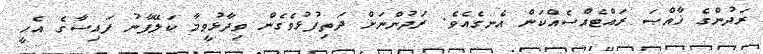
ރަދުންގެ ޚާއްޞަ ރައްޓެއްސެއްކަން އެނގެއެވެ. ރަދުންނަށް ދަތިފުޅުވެގެން ވިދާޅުވީމާ ކަލޭފާނު ފައިސާގެ އެހީ